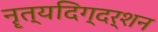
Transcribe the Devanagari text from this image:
नॄत्यदिग्दर्शन